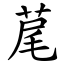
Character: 荱